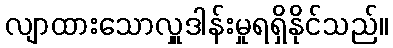
လျာထားသောလှူဒါန်းမှုရရှိနိုင်သည်။